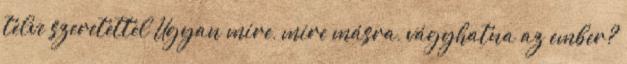
telve szeretettel Ugyan mire, mire másra, vágyhatna az ember?